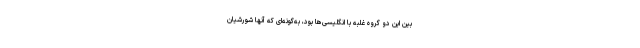
بین این دو گروه غلبه با انگلیسی‌ها بود، به‌گونه‌ای که آنها شورشیان